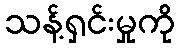
သန့်ရှင်းမှုကို